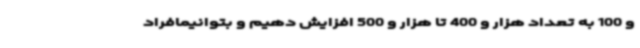
و 100 به تعداد هزار و 400 تا هزار و 500 افزایش دهیم و بتوانیمافراد